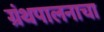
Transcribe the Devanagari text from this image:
ग्रंथपालनाचा